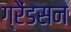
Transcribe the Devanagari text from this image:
ग्रैंडसन